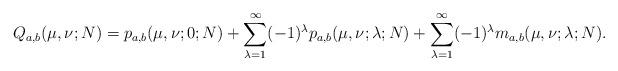
LaTeX: \begin{align*}Q_{a,b}(\mu , \nu ; N)=p_{a,b}(\mu , \nu ; 0 ; N) +\sum_{\lambda =1}^{\infty} (-1)^{\lambda }p_{a,b}(\mu , \nu ; \lambda ; N) +\sum_{\lambda =1}^{\infty} (-1)^{\lambda }m_{a,b}(\mu , \nu ; \lambda ; N).\end{align*}